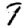
Digit: 7